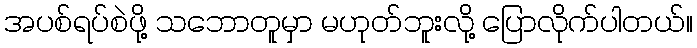
အပစ်ရပ်စဲဖို့ သဘောတူမှာ မဟုတ်ဘူးလို့ ပြောလိုက်ပါတယ်။